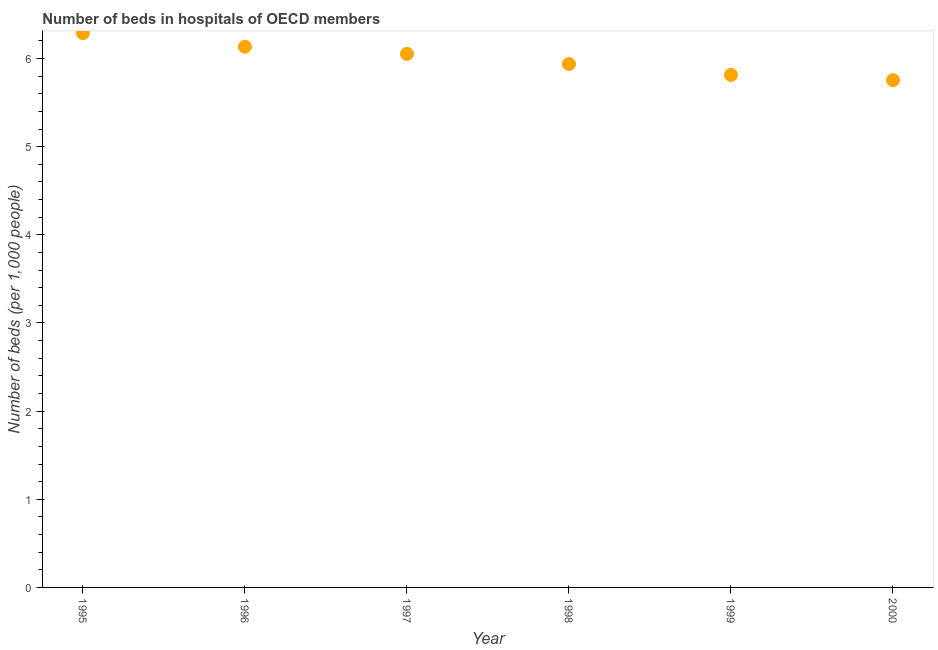
| Year | Hospital beds |
 | --- | --- |
 | 1995 | 6.29 |
 | 1996 | 6.13 |
 | 1997 | 6.05 |
 | 1998 | 5.94 |
 | 1999 | 5.81 |
 | 2000 | 5.76 |